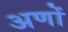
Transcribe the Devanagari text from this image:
अणों